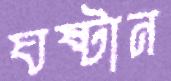
ঘষ্‌টান